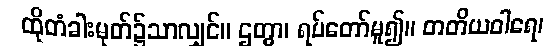
ထိုတံခါးမုတ်၌သာလျှင်။ ဌတွာ၊ ရပ်တော်မူ၍။ တတိယဝါရေ၊